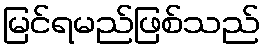
မြင်ရမည်ဖြစ်သည်